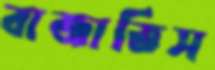
বাজাতিস